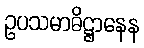
ဥပသမာဓိဋ္ဌာနေန